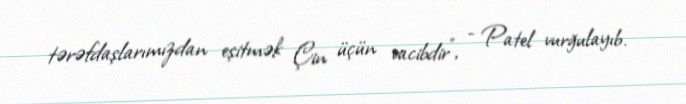
tərəfdaşlarımızdan eşitmək Çin üçün vacibdir”, - Patel vurğulayıb.